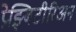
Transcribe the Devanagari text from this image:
प्रेझ्बिटीरिअन